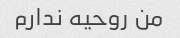
من روحیه ندارم